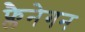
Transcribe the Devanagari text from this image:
फ्लैनेगन